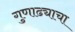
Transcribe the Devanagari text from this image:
गुणाढ्याचा